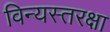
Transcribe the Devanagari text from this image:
विन्यस्तरक्षा